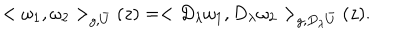
< \omega _ { 1 } , \omega _ { 2 } > _ { g , \bar { U } } ( z ) = < D _ { \lambda } \omega _ { 1 } , D _ { \lambda } \omega _ { 2 } > _ { g , D _ { \lambda } \bar { U } } ( z ) .